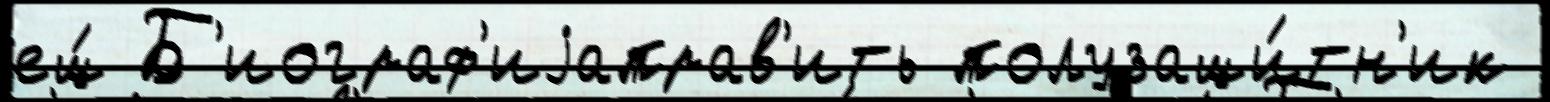
ещ́ Б'иограф'иjаправ'ить полузащи́тн'ик